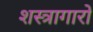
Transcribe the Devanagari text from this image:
शस्त्रागारों